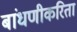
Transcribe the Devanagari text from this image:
बांधणीकरिता